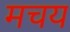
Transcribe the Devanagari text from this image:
मचय